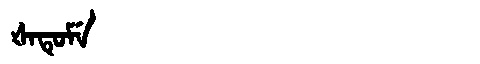
Manchu: ᡧᠠᡨᡠᠮᡝ
Romanization: ŠATUME